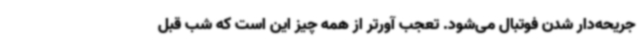
جریحه‌دار شدن فوتبال می‌شود. تعجب آورتر از همه چیز این است که شب قبل